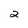
Character: 2